Vital statistics of India. Vol. VI, European troops 1870-79
Year: 1870
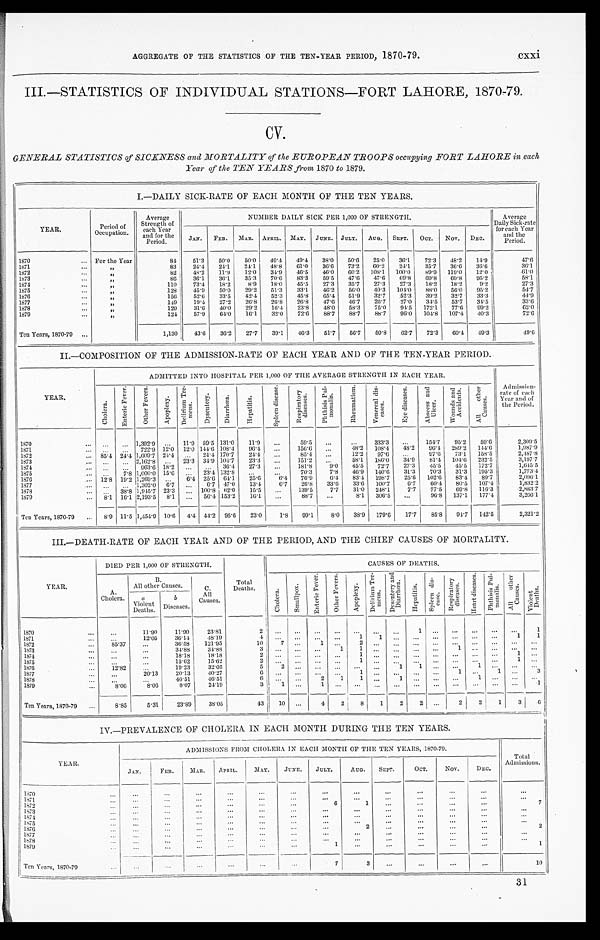
AGGREGATE OF THE STATISTICS OF THE TEN-YEAR PERIOD, 1870-79. cxxi
III.—STATISTICS OF INDIVIDUAL STATIONS—FORT LAHORE, 1870-79.
CV.
GENERAL STATISTICS of SICKNESS and MORTALITY of the EUROPEAN TROOPS occupying FORT LAHORE in each
Year of the TEN YEARS from 1870 to 1879.
I.—DAILY SICK-RATE OF EACH MONTH OF THE TEN YEARS.
YEAR.
Period of
Occupation.
Average
Strength of
each Year
and for the
Period.
NUMBER DAILY SICK PER 1,000 OF STRENGTH.
Average
Daily Sick-rate
for each Year
and the
Period.
JAN. FEB. MAR. APRIL. MAY. JUNE. JULY. AUG. SEPT. OCT. NOV. DEC.
1870
For the Year
84 51.3 50.0 50.0 49.4 49.4 38.0 50.6 25.0 36.1 72.3 48.2 14.9
47.6
1871
„
83 24.4 24.1 24.1 48.8 61.0 36.6 73.2 60.2 24.1 35.7 36.6 36.6
36.1
1872
„
82 48.2 11.9 12.0 34.9 46.5 46.0 60.2 108.1 100.0 89.9 119.0 12.0
61.0
1873
„
86 36.1 36.1 35.3 70.6 83.3 59.5 47.6 47.6 69.8 69.8 69.8 95.2
58.1
1874
„
110 73.4 18.2 8.9 18.0 45.5 27.3 35.7 27.3 27.3 18.2 18.2 9.2
27.3
1875
„
128 45.9 50.0 29.2 51.3 33.1 46.2 56.0 40.3 104.0 88.0 56.0 95.2
54.7
1876
„
156
5 2 . 6 33.5 42.4 52.3 45.8 65.4 51.9 32.7 52.3 39.2 32.7 33.3
44.9
1877
„
1 4 9 19.4 27.2 26.8 26.8 26.8 47.6 46.7 26.7 27.0 34.5 53.7 34.5
33.6
1878
„
129 31.6 40.0 29.2 16.4 23.8 48.0 58.3 75.0 94.5 172.1 77.6
9 9 . 2
62.0
1879
„
124 57.9 64.0 16.1 32.0 72.6 88.7 88.7 88.7 96.0 104.8 107.4 40.3
72.6
Ten Years, 1870-79
1,130 43.6 36. 2 27.7 39.1 46.3 51.7 56.7 50.8 62.7 72.3 60.4 49.3
49.6
II.—COMPOSITION OF THE ADMISSION-RATE OF EACH YEAR AND OF THE TEN-YEAR PERIOD.
YEAR.
ADMITTED INTO HOSPITAL PER 1,000 OF THE AVERAGE STRENGTH IN EACH YEAR.
Admission-
rate of each
Year and of
the Period.
C h o l e r a .
E n t e r i c F e v e r . O t h e r F e v e r s .
A p o p l e x y .
D e l i r i u m T r e - m e n s .
D y s e n t e r y .
D i a r r h œ a .
H e p a t i t i s .
S p l e e n d i s e a s e . R e s p i r a t o r y d i s e a s e s . P h t h i s i s P u l - m o n a l i s .
R h e u m a t i s m .
V e n e r e a l d i s - e a s e s .
E y e d i s e a s e s . A b s c e s s a n d U l c e r .
W o u n d s a n d A c c i d e n t s .
A l l o t h e r C a u s e s .
1870
1,392.9
11.9 59.5 131.0 11.9
59.5
333.3
154.7 95.2 59.6
2,309.5
1871
722.9 12.0 12.0 144.6 108.4 96.4
156.6
48.2 108.4 48.2 96.4 289.2 144.6
1,987.9
1872
85.4 24.4 1,609.7 24.4
24.4 170.7 24.4
85.4
1 2 . 2 97.6
9 7 . 6 73.1 158.5
2,487.8
1873
2,162.8
2 3 . 3 34.9 104.7 23.3
151.2
58.1 186.0 34.9 81.4 104.0 232.5
3,197.7
1874
963.6 18.2
36.4 27.3
181.8 9.0 45.5 72.7 27.3 45.5 45.5 172.7
1,645.5
1875
7.8 1,000.0 15.6
23.4 132.8
70.3 7.8 46.9 140.6 31.3 70.3 31.3 195.3
1,773.4
1876
12.8 19.2 1,269.3
6.4 25.6 64.1 25.6
6 . 4 76.9 6.4 83.4 198.7 25.6 102.0 83.4 89.7
2,096.1
1877
1,302.0 6.7
6.7 47.0 13.4 6.7 26.8 33.6 33.6 100.7 6.7 60.4 80.5 107.4
1,832.2
1878
38.8 1,945.7 23.3
100.8 62.0 15.5
139.5 7.7 31.0 248.1 7.7 77.5 69.8 116.3
2,883.7
1879
8.1 16.1 2,193.5 8.1
56.4 153.2 16.1
88.7
8.1 306.5
96.8 137.1 177.4
3,266.1
Ten Years, 1870-79
8.9 11.5 1,454.9 10.6
4 . 4 44.2 95.6 23.0 1.8 99.1 8.0 38.9 179.6 17.7 85.8 94.7 142.5
2,321.2
III.—DEATH-RATE OF EACH YEAR AND OF THE PERIOD, AND THE CHIEF CAUSES OF MORTALITY.
DIED PER 1,000 OF STRENGTH.
CAUSES OF DEATHS.
YEAR.
A.
Cholera.
B .
All other Causes.
C. A l l
Causes.
Total
Deaths.
C h o l e r a .
S m a l l p o x .
E n t e r i c F e v e r .
O t h e r F e v e r s .
A p o p l e x y .
D e l i r i u m T r e - m e n s .
D y s e n t e r y a n d D i a r r h œ a .
H e p a t i t i s . S p l e e n d i s - e a s e . R e s p i r a t o r y d i s e a s e s .
H e a r t d i s e a s e s .
P h t h i s i s P u l - m o n a l i s . A l l o t h e r C a u s e s .
V i o l e n t D e a t h s .
a
Violent Deaths.
b
Diseases.
1870
11.90 11.90 23.81
2
1
1
1871
12.05 36.14 48.19
4
1
1
1 1
1872
85.37
36.58 121.95
10 7
1
2
1873
34.88 34.88
3
1 1
1
1874
18.18 18.18
2
1
1
1875
15.62 15.62
2
1
1
1876
12.82
19.23 32.05
5
2
1 1
1
1877
20.13 20.13 40.27
6
1
1
1
3
1878
4 6 . 5 1 46.51
6
2 1 1
1
1
1879
8.06 8.06
8.07 24.19
3 1
1
1
Ten Years, 1870-79
8.85
5.31 23.89 38.05
43 10
4 2 8 1 2 2
2 2 1 3 6
IV.—PREVALENCE OF CHOLERA IN EACH MONTH DURING THE TEN YEARS.
YEAR.
ADMISSIONS FROM CHOLERA IN EACH MONTH OF THE TEN YEARS, 1870-79.
Total
Admissions.
JAN.
FEB.
MAR. APRIL.
MAY.
JUNE. JULY. AUG. SEPT.
OCT. Nov. DEC.
1870 1871 1872
6 1
7
1873 1874
1 8 7 5
1876
2
2
1877
1878 1879
1
1
Ten Years, 1870-79
7
3
10
31